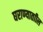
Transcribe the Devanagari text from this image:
घराण्याताील